Scientific memoirs by medical officers of the Army of India - Part IV,
Year: 1889
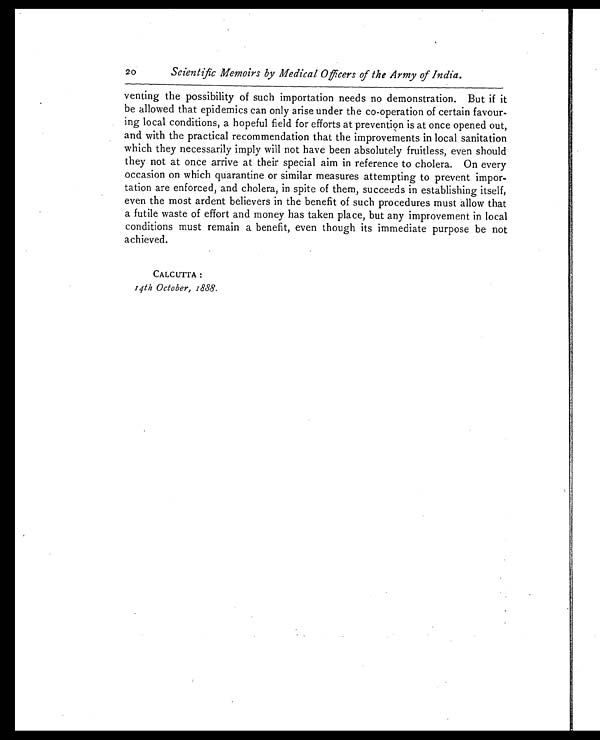
20
Scientific Memoirs by Medical Officers of the Army of India.
venting the possibility of such importation needs no demonstration. But if it
be allowed that epidemics can only arise under the co-operation of certain favour
-ing local conditions, a hopeful field for efforts at prevention is at once opened out,
and with the practical recommendation that the improvements in local sanitation
which they necessarily imply will not have been absolutely fruitless, even should
they not at once arrive at their special aim in reference to cholera. On every
occasion on which quarantine or similar measures attempting to prevent impor
-tation are enforced, and cholera, in spite of them, succeeds in establishing itself,
even the most ardent believers in the benefit of such procedures must allow that
a futile waste of effort and money has taken place, but any improvement in local
conditions must remain a benefit, even though its immediate purpose be not
achieved.
CALCUTTA:
14th October, 1888.